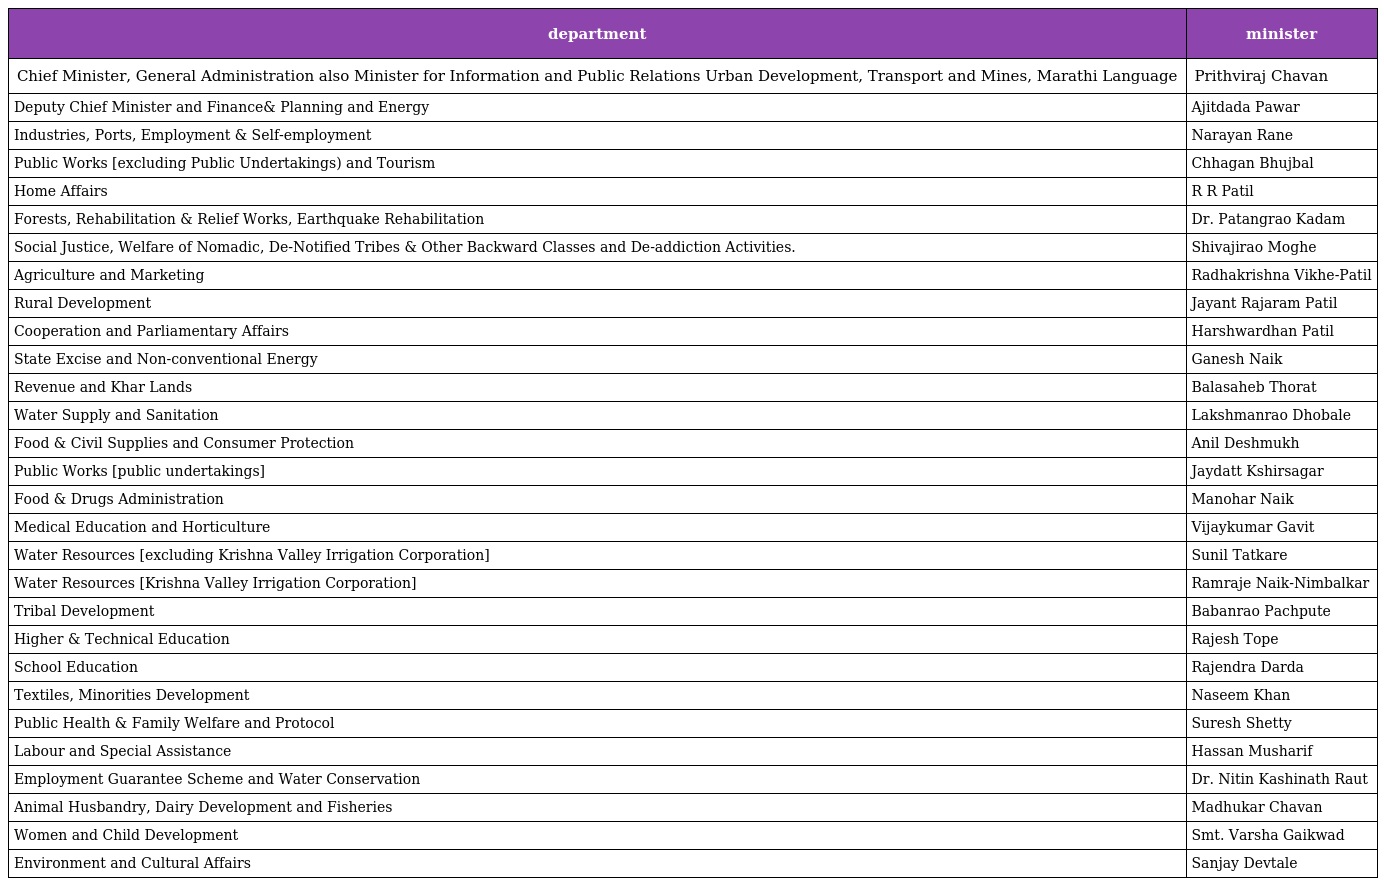
| department | minister |
 | --- | --- |
 | Chief Minister, General Administration also Minister for Information and Public Relations Urban Development, Transport and Mines, Marathi Language | Prithviraj Chavan |
 | Deputy Chief Minister and Finance& Planning and Energy | Ajitdada Pawar |
 | Industries, Ports, Employment & Self-employment | Narayan Rane |
 | Public Works [excluding Public Undertakings) and Tourism | Chhagan Bhujbal |
 | Home Affairs | R R Patil |
 | Forests, Rehabilitation & Relief Works, Earthquake Rehabilitation | Dr. Patangrao Kadam |
 | Social Justice, Welfare of Nomadic, De-Notified Tribes & Other Backward Classes and De-addiction Activities. | Shivajirao Moghe |
 | Agriculture and Marketing | Radhakrishna Vikhe-Patil |
 | Rural Development | Jayant Rajaram Patil |
 | Cooperation and Parliamentary Affairs | Harshwardhan Patil |
 | State Excise and Non-conventional Energy | Ganesh Naik |
 | Revenue and Khar Lands | Balasaheb Thorat |
 | Water Supply and Sanitation | Lakshmanrao Dhobale |
 | Food & Civil Supplies and Consumer Protection | Anil Deshmukh |
 | Public Works [public undertakings] | Jaydatt Kshirsagar |
 | Food & Drugs Administration | Manohar Naik |
 | Medical Education and Horticulture | Vijaykumar Gavit |
 | Water Resources [excluding Krishna Valley Irrigation Corporation] | Sunil Tatkare |
 | Water Resources [Krishna Valley Irrigation Corporation] | Ramraje Naik-Nimbalkar |
 | Tribal Development | Babanrao Pachpute |
 | Higher & Technical Education | Rajesh Tope |
 | School Education | Rajendra Darda |
 | Textiles, Minorities Development | Naseem Khan |
 | Public Health & Family Welfare and Protocol | Suresh Shetty |
 | Labour and Special Assistance | Hassan Musharif |
 | Employment Guarantee Scheme and Water Conservation | Dr. Nitin Kashinath Raut |
 | Animal Husbandry, Dairy Development and Fisheries | Madhukar Chavan |
 | Women and Child Development | Smt. Varsha Gaikwad |
 | Environment and Cultural Affairs | Sanjay Devtale |